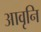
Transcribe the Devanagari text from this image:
आवृनि